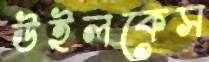
উইলকেস